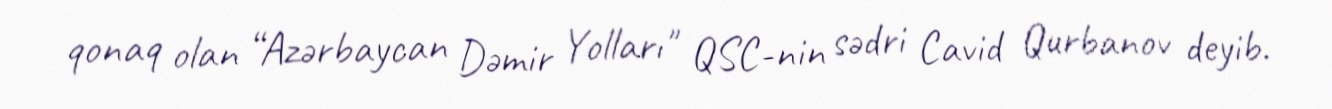
qonaq olan “Azərbaycan Dəmir Yolları" QSC-nin sədri Cavid Qurbanov deyib.